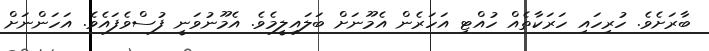
ބާރަށެވެ. ހުރިހައި ހަރަކާތެއް ހުއްޓި އަހަރެން އެމޫނަށް ބަލައިލީމެވެ. އެމޫނުވަނީ ފުސްވެފައެވެ. އަހަންނަށް